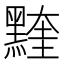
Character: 𪑭